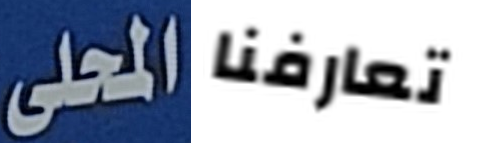
المحلى تعارفنا